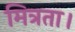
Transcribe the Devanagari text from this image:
मित्रता।